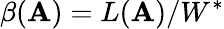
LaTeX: \beta(\mathbf{A})=L(\mathbf{A})/W^{*}